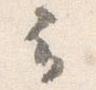
云